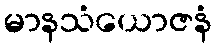
မာနသံယောဇနံ